Civil Veterinary Dept. Bombay admin report 1932-41 - 1932-1941
Year: 1932
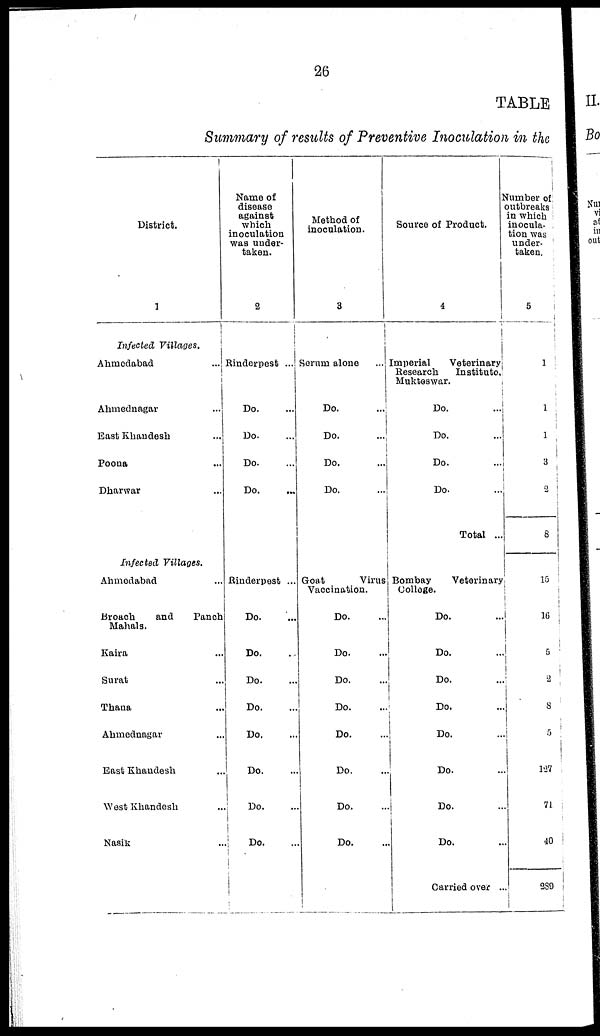
26
TABLE
Summary of results of Preventive Inoculation in the
District.
1
Infected Villages.
Ahmedabad
...
Ahmednagar ...
East Khandesh ...
Poona ...
Dharwar ...
Infected Villages.
Ahmedabad ...
Broach
and
Panch
Mahals.
Kaira ...
Surat ...
Thana ...
Ahmednagar ...
East Khandesh ...
West
Khandesh
...
Nasik
...
Name of
disease
against
which
inoculation
was under-
taken.
2
Rinderpest ...
Do. ...
Do. ...
Do. ...
Do. ...
Rinderpest ...
Do....
Do. ...
Do. ...
Do. ...
Do. ...
Do. ...
Do. ...
Do. ...
Method of
inoculation.
3
Serum alone ...
Do. ...
Do. ...
Do. ...
Do. ...
Goat
Virus
Vaccination.
Do. ...
Do. ...
Do. ...
Do. ...
Do. ...
Do. ...
Do. ...
Do. ...
Source of Product.
4
Imperial
Veterinary
Research
Institute
Mukteswar.
Do. ...
Do. ...
Do. ...
Do. ...
Total ...
Bombay
Veterinary
College.
Do. ...
Do. ...
Do. ...
Do. ...
Do. ...
Do. ...
Do. ...
Do. ...
Carried over ..
Number of
outbreaks
in which
inocula¬
tion was
under¬
taken.
5
1
1
1
3
2
8
15
16
5
2
3
5
127
71
40
289